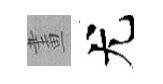
畫尤